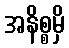
အနိစ္စမှိ